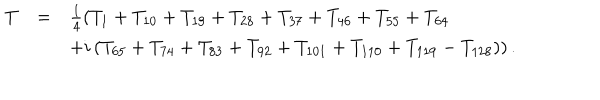
\begin{array} { l c l } { { T _ { \scriptscriptstyle } } } & { { = } } & { { \frac { 1 } { 4 } \left( T _ { 1 } + T _ { 1 0 } + T _ { 1 9 } + T _ { 2 8 } + T _ { 3 7 } + T _ { 4 6 } + T _ { 5 5 } + T _ { 6 4 } \right. } } \\ { { } } & { { } } & { { \left. + i \left( T _ { 6 5 } + T _ { 7 4 } + T _ { 8 3 } + T _ { 9 2 } + T _ { 1 0 1 } + T _ { 1 1 0 } + T _ { 1 1 9 } - T _ { 1 2 8 } \right) \right) . } } \\ \end{array}